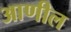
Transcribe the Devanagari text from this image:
आणील